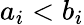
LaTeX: a_{i}<b_{i}